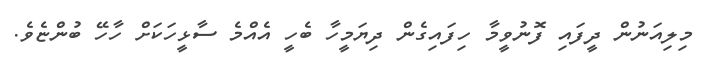
މިލިއަނުން ދީފައި ފޮނުވީމާ ހިފައިގެން ދިޔަމީހާ ބެހީ އެއްމެ ސާޅީހަކަށް ހާހޭ ބުންޏެވެ.